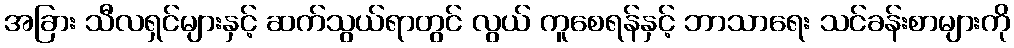
အခြား သီလရှင်များနှင့် ဆက်သွယ်ရာတွင် လွယ် ကူစေရန်နှင့် ဘာသာရေး သင်ခန်းစာများကို